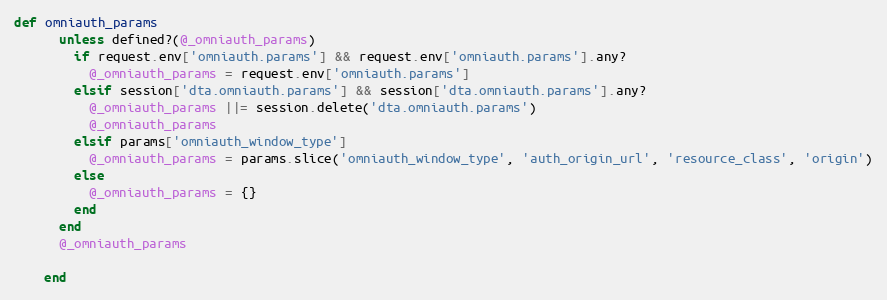
Language: Ruby
def omniauth_params
      unless defined?(@_omniauth_params)
        if request.env['omniauth.params'] && request.env['omniauth.params'].any?
          @_omniauth_params = request.env['omniauth.params']
        elsif session['dta.omniauth.params'] && session['dta.omniauth.params'].any?
          @_omniauth_params ||= session.delete('dta.omniauth.params')
          @_omniauth_params
        elsif params['omniauth_window_type']
          @_omniauth_params = params.slice('omniauth_window_type', 'auth_origin_url', 'resource_class', 'origin')
        else
          @_omniauth_params = {}
        end
      end
      @_omniauth_params

    end